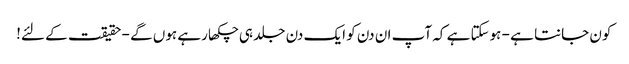
کون جانتا ہے - ہوسکتا ہے کہ آپ ان دن کو ایک دن جلد ہی چکھا رہے ہوں گے - حقیقت کے لئے!